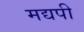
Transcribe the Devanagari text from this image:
मद्यपी